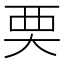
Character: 䙲